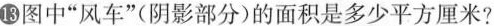
⑧图中“风车”(阴影部分)的面积是多少平方厘米?